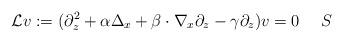
LaTeX: \begin{align*}\mathcal{L}v:=(\partial_z^2+\alpha\Delta_x+\beta\cdot\nabla_x\partial_z-\gamma\partial_z)v=0\quad~S\end{align*}